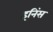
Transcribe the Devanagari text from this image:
इनिंस